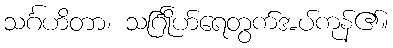
သင်္ဂဟိတာ၊ သင်္ဂြိုဟ်ရေတွက်အပ်ကုန်၏။